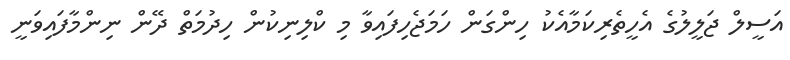
އަސީލް ޖަލީލުގެ އެހީތެރިކަމާއެކު ހިންގަން ހަމަޖެހިފައިވާ މި ކްލިނިކުން ހިދުމަތް ދޭން ނިންމާފައިވަނީ